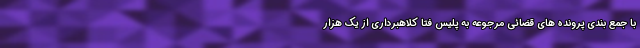
با جمع بندی پرونده های قضائی مرجوعه به پلیس فتا کلاهبرداری از یک هزار